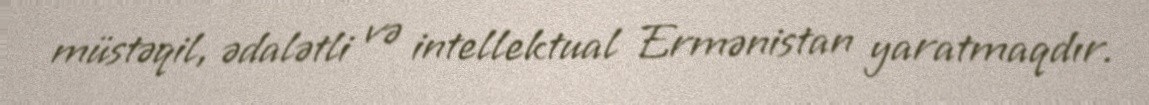
müstəqil, ədalətli və intellektual Ermənistan yaratmaqdır.